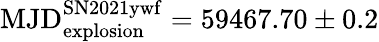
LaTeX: \mathrm{MJD_{explosion}^{SN2021ywf}}=59467.70\pm 0.2